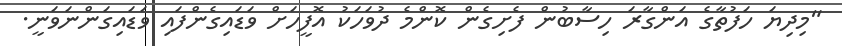
"މިދިޔަ ހަފުތާގެ އަންގާރަ ހިސާބުން ފެށިގެން ކޮންމެ ދުވަހަކު އޮފީހަށް ވަޑައިގެންފައި ވަޑައިގަންނަވަނީ.